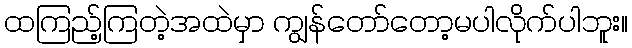
ထကြည့်ကြတဲ့အထဲမှာ ကျွန်တော်တော့မပါလိုက်ပါဘူး။